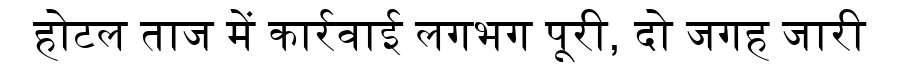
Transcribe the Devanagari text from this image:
होटल ताज में कार्रवाई लगभग पूरी, दो जगह जारी